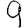
Digit: 9